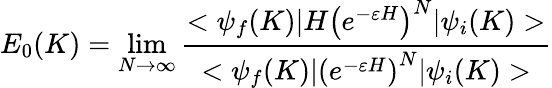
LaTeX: E_{0}(K)=\operatorname*{lim}_{N\rightarrow\infty}\frac{<\psi_{f}(K)|H\left(e^{-\varepsilon H}\right)^{N}|\psi_{i}(K)>}{<\psi_{f}(K)|\left(e^{-\varepsilon H}\right)^{N}|\psi_{i}(K)>}